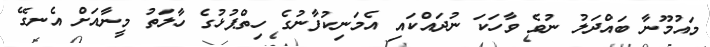
މައުމޫނާ ބައްދަލު ނުވެ ވާހަކަ ނުދައްކައި އެމަނިކުފާނުގެ ހިތްޕުޅުގެ ހާލަތު މީނާއަށް އެނގޭ